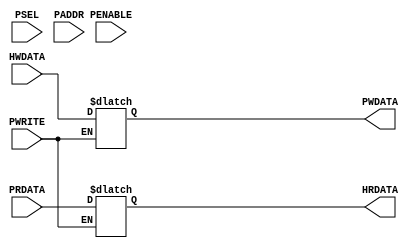
/*

MIT License

Copyright (c) 2021 7Hemanth

Permission is hereby granted, free of charge, to any person obtaining a copy
of this software and associated documentation files (the "Software"), to deal
in the Software without restriction, including without limitation the rights
to use, copy, modify, merge, publish, distribute, sublicense, and/or sell
copies of the Software, and to permit persons to whom the Software is
furnished to do so, subject to the following conditions:

The above copyright notice and this permission notice shall be included in all
copies or substantial portions of the Software.

THE SOFTWARE IS PROVIDED "AS IS", WITHOUT WARRANTY OF ANY KIND, EXPRESS OR
IMPLIED, INCLUDING BUT NOT LIMITED TO THE WARRANTIES OF MERCHANTABILITY,
FITNESS FOR A PARTICULAR PURPOSE AND NONINFRINGEMENT. IN NO EVENT SHALL THE
AUTHORS OR COPYRIGHT HOLDERS BE LIABLE FOR ANY CLAIM, DAMAGES OR OTHER
LIABILITY, WHETHER IN AN ACTION OF CONTRACT, TORT OR OTHERWISE, ARISING FROM,
OUT OF OR IN CONNECTION WITH THE SOFTWARE OR THE USE OR OTHER DEALINGS IN THE
SOFTWARE.

*/

module apb_int(PENABLE,PWRITE,PSEL,PADDR,PWDATA,PRDATA,HWDATA,HRDATA);

input PENABLE,PWRITE;
input [2:0]PSEL;
input [31:0]PADDR,PRDATA,HWDATA;
output reg [31:0]PWDATA,HRDATA;


always@(*) 
begin
	if(PWRITE)
	begin
		if(~PENABLE )
			PWDATA=HWDATA;
		else
			PWDATA=32'bx;
	end
	else if(~PWRITE)
	begin
		if(PENABLE)
			HRDATA=PRDATA;
		else
			HRDATA=32'bx;
	end


end
endmodule